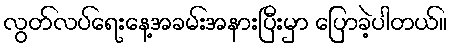
လွတ်လပ်ရေးနေ့အခမ်းအနားပြီးမှာ ပြောခဲ့ပါတယ်။